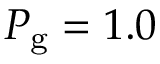
P _ { \mathrm { g } } = 1 . 0